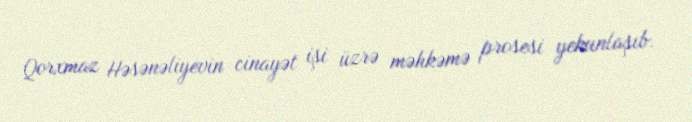
Qorxmaz Həsənəliyevin cinayət işi üzrə məhkəmə prosesi yekunlaşıb.